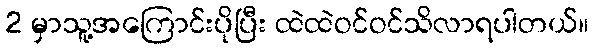
2 မှာသူ့အကြောင်းပိုပြီး ထဲထဲဝင်ဝင်သိလာရပါတယ်။